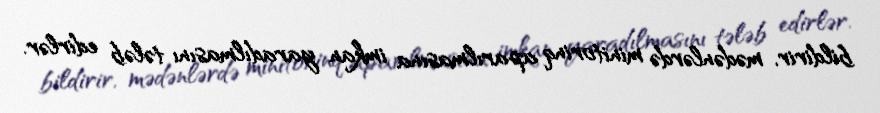
bildirir, mədənlərdə minitorinq aparılmasına imkan yaradılmasını tələb edirlər.